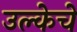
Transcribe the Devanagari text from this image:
उल्केचे